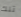
تلك